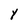
Character: Y